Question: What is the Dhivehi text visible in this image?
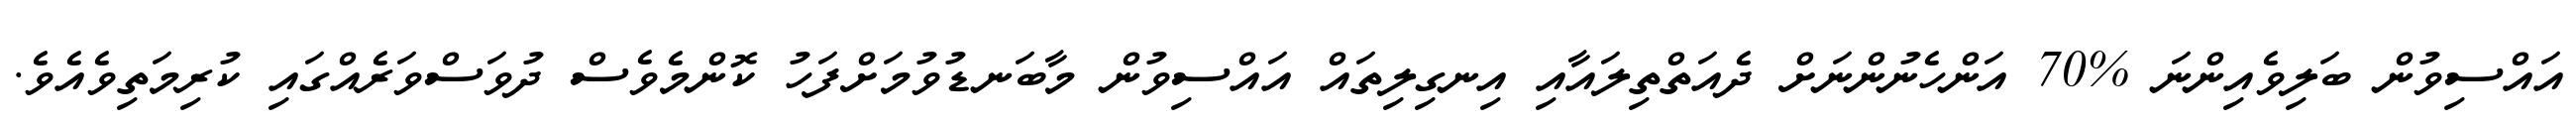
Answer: އައްސިވުން ބަލިވެއިންނަ %70 އަންހެނުންނަށް ދެއަތްތިލައާއި އިނގިލިތައް އައްސިވުން މާބަނޑުވުމަށްފަހު ކޮންމެވެސް ދުވަސްވަރެއްގައި ކުރިމަތިވެއެވެ.